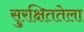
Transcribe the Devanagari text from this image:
सुरक्षिततेला